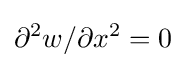
\partial ^{2}w/\partial x^{2}=0